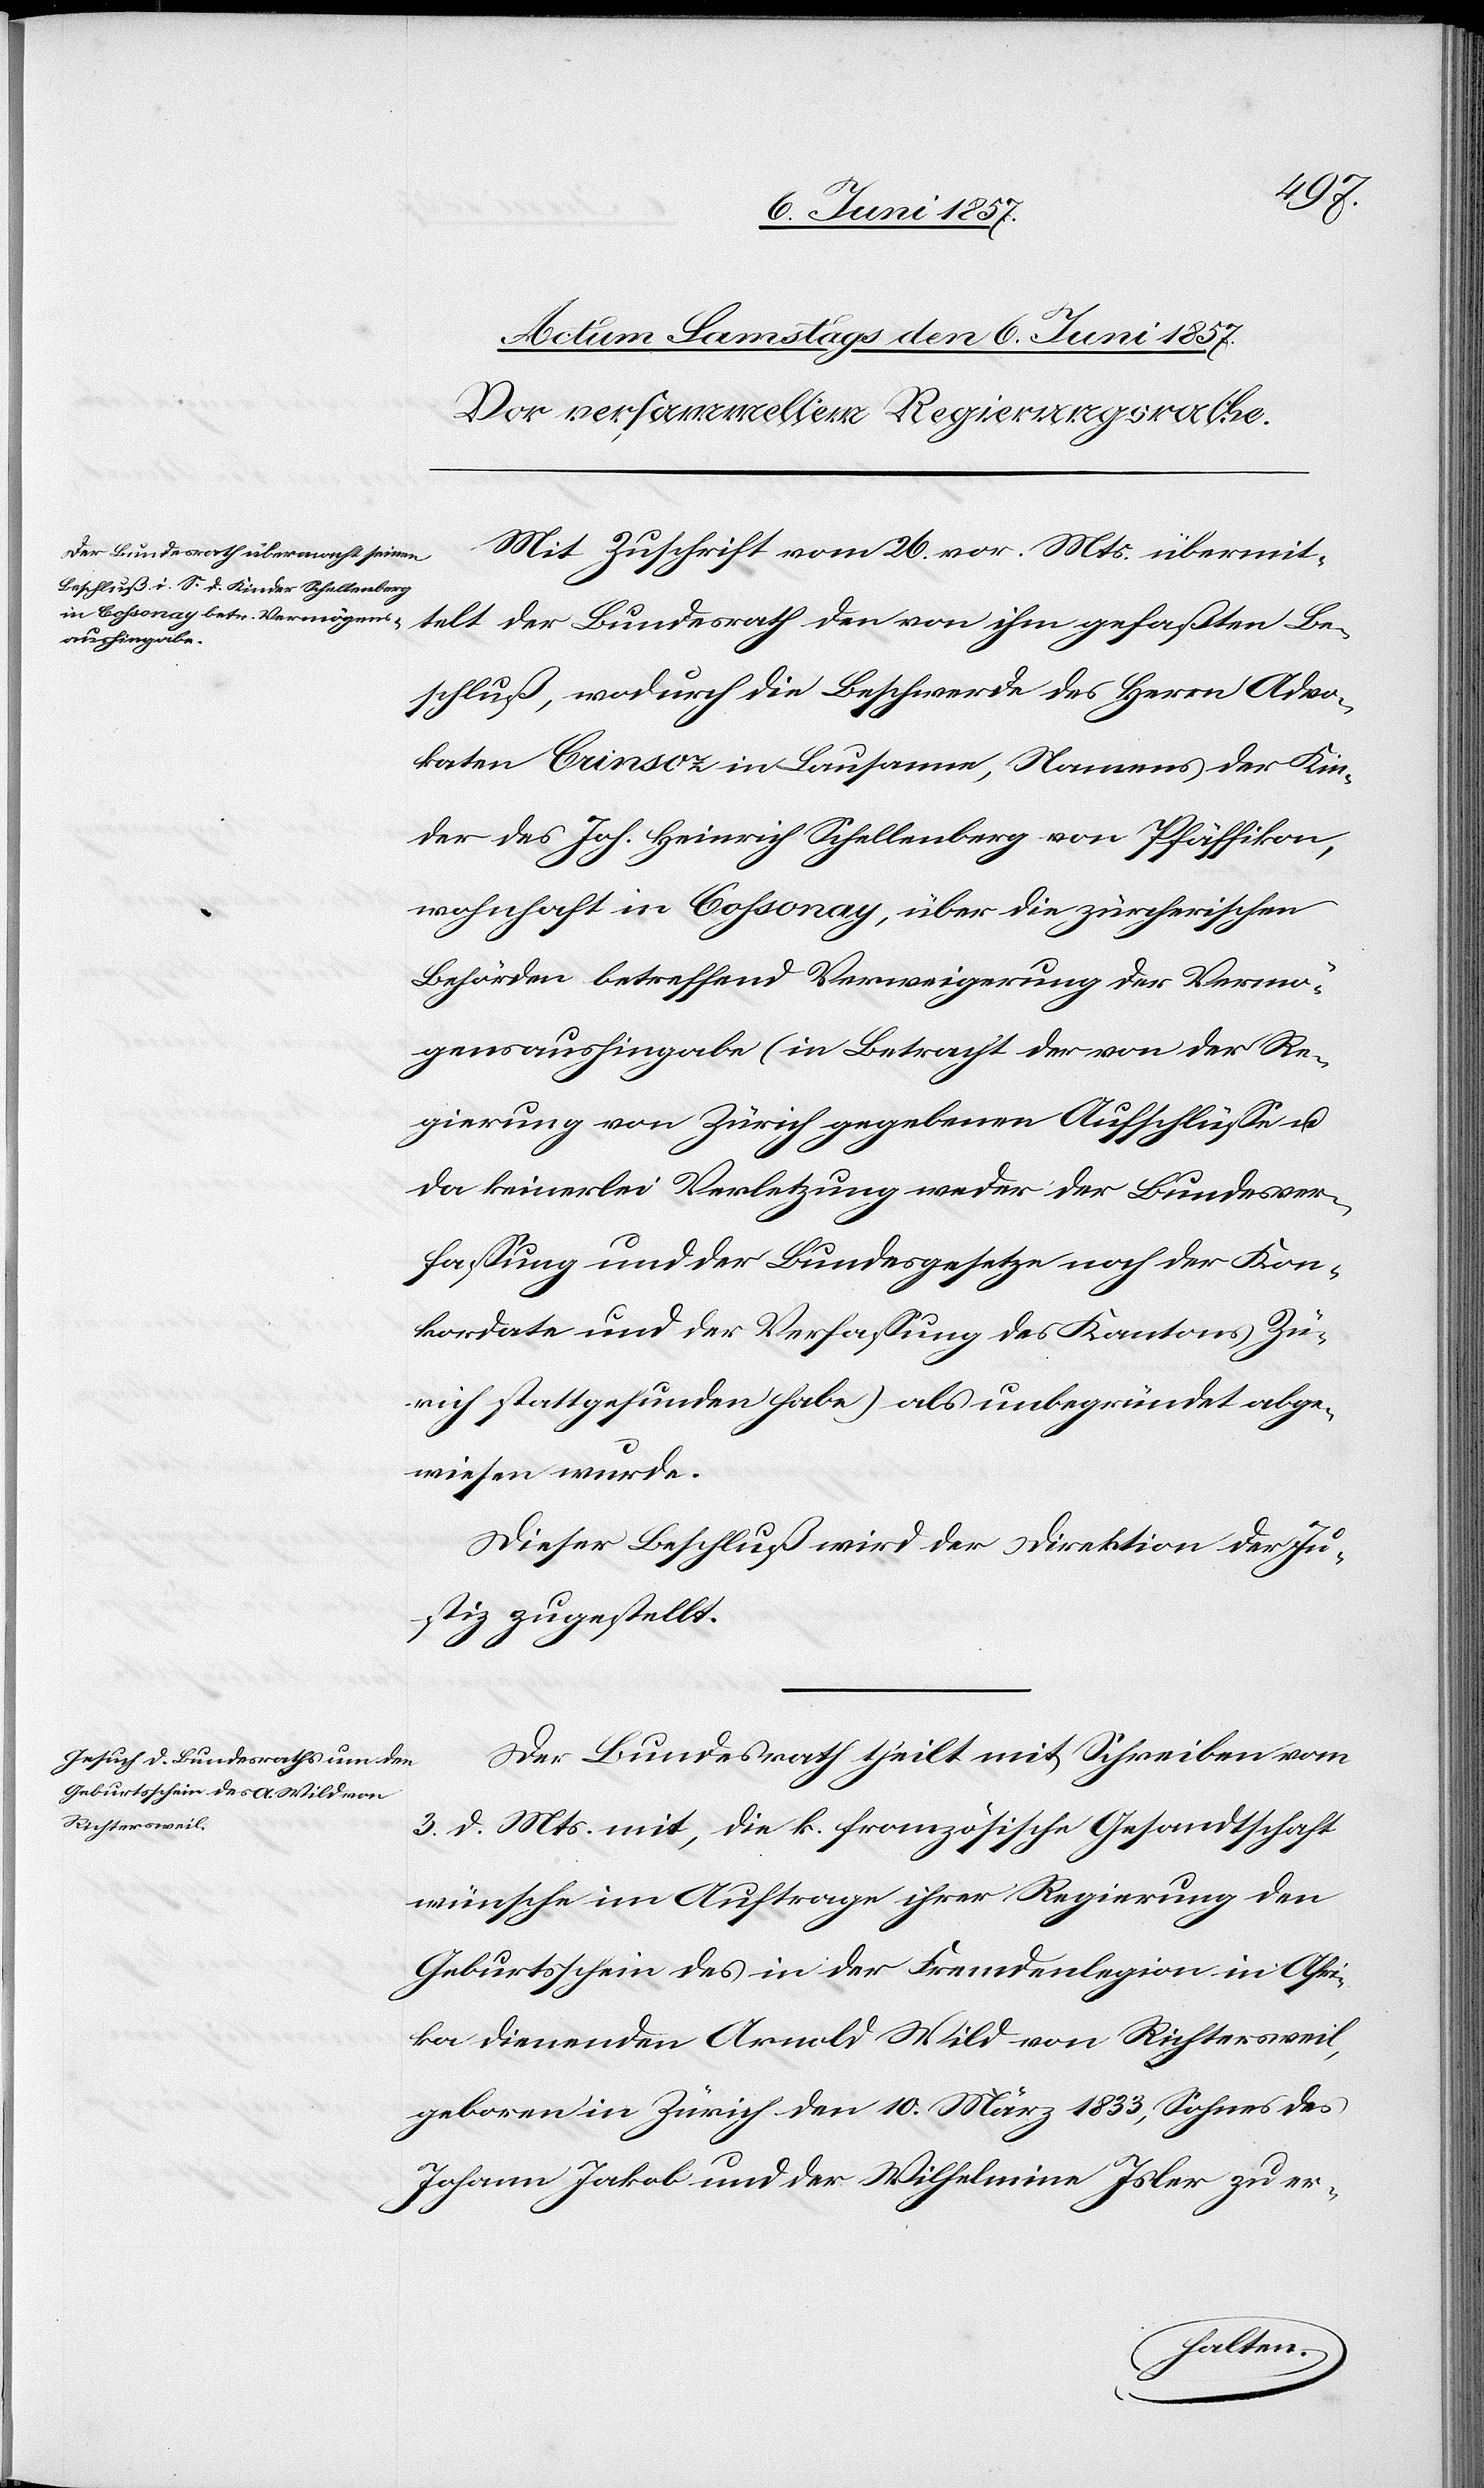
Mit Zuschrift vom 26 vor. Mts. übermit¬
telt der Bundesrath den von ihm gefaßten Be¬
schluß, wodurch die Beschwerde des Herrn Advo¬
katen Crinsoz in Lausanne, Namens der Kin¬
der des Joh. Heinrich Schellenberg von Pfäffikon,
wohnhaft in Cossonay, über die zürcherischen
Behörden betreffend Verweigerung der Vermö¬
genshingabe (in Betracht der von der Re¬
gierung von Zürich gegebenen Aufschlüsse &
da keinerlei Verletzung weder der Bundesver¬
fassung und der Bundesgesetze noch der Kon¬
kordate und der Verfassung des Kantons Zü¬
rich stattgefunden habe) als unbegründet abge¬
wiesen wurde.
Dieser Beschluß wird der Direktion der Ju¬
stiz zugestellt.
Der Bundesrath theilt mit Schreiben vom
3 d. Mts. mit, die k. französische Gesandtschaft
wünsche im Auftrage ihrer Regierung den
Geburtsschein des in der Fremdenlegion in Afri¬
ka dienenden Arnold Wild von Richtersweil,
geboren in Zürich den 10 März 1833, Sohnes des
Johann Jakob und der Wilhelmina Isler zu er-